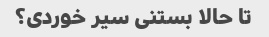
تا حالا بستنی سیر خوردی؟